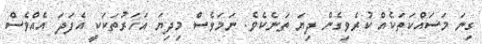
ގިނަ މަސައްކަތަކެއް ކުރެވިގެން ދިޔަ ތަނެކެވެ. ނަމަވެސް މިދިޔަ އަހަރުތަކަކީ އެފަދަ އެއްވެސް